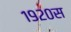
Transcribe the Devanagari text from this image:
१९२०स